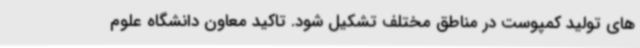
های تولید کمپوست در مناطق مختلف تشکیل شود. تاکید معاون دانشگاه علوم